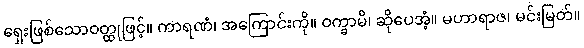
ရှေးဖြစ်သောဝတ္ထုဖြင့်။ ကာရဏံ၊ အကြောင်းကို။ ဝက္ခာမိ၊ ဆိုပေအံ့။ မဟာရာဇ၊ မင်းမြတ်။